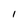
Character: I